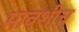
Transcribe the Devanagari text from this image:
मावशीच